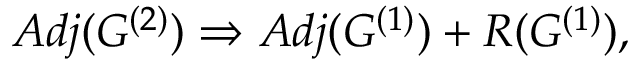
A d j ( G ^ { ( 2 ) } ) \Rightarrow A d j ( G ^ { ( 1 ) } ) + R ( G ^ { ( 1 ) } ) ,